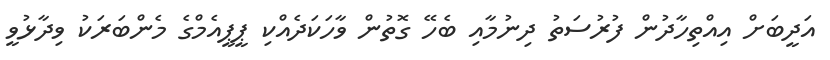
އަދީބަށް އިއްތިހާދުން ފުރުސަތު ދިނުމާއި ބެހޭ ގޮތުން ވާހަކަދެއްކި ޕީޕީއެމްގެ މެންބަރަކު ވިދާޅުވީ